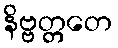
နိဗ္ဗတ္တတေ